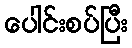
ပေါင်းစပ်ပြီး